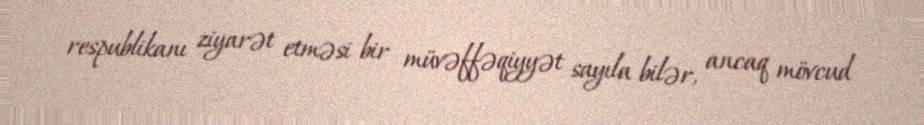
respublikanı ziyarət etməsi bir müvəffəqiyyət sayıla bilər, ancaq mövcud